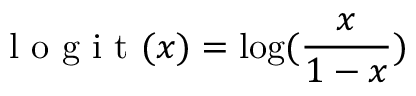
\mathrm { ~ l ~ o ~ g ~ i ~ t ~ } ( x ) = \log ( \frac { x } { 1 - x } )